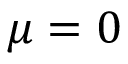
\mu = 0